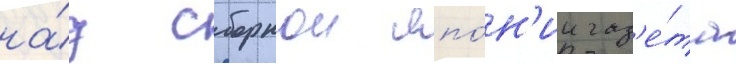
на́д сборнои япо́н'ии газ'е́та